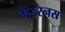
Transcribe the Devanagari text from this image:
मैटरनस